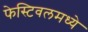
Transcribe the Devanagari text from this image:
फेस्टिवलमध्ये